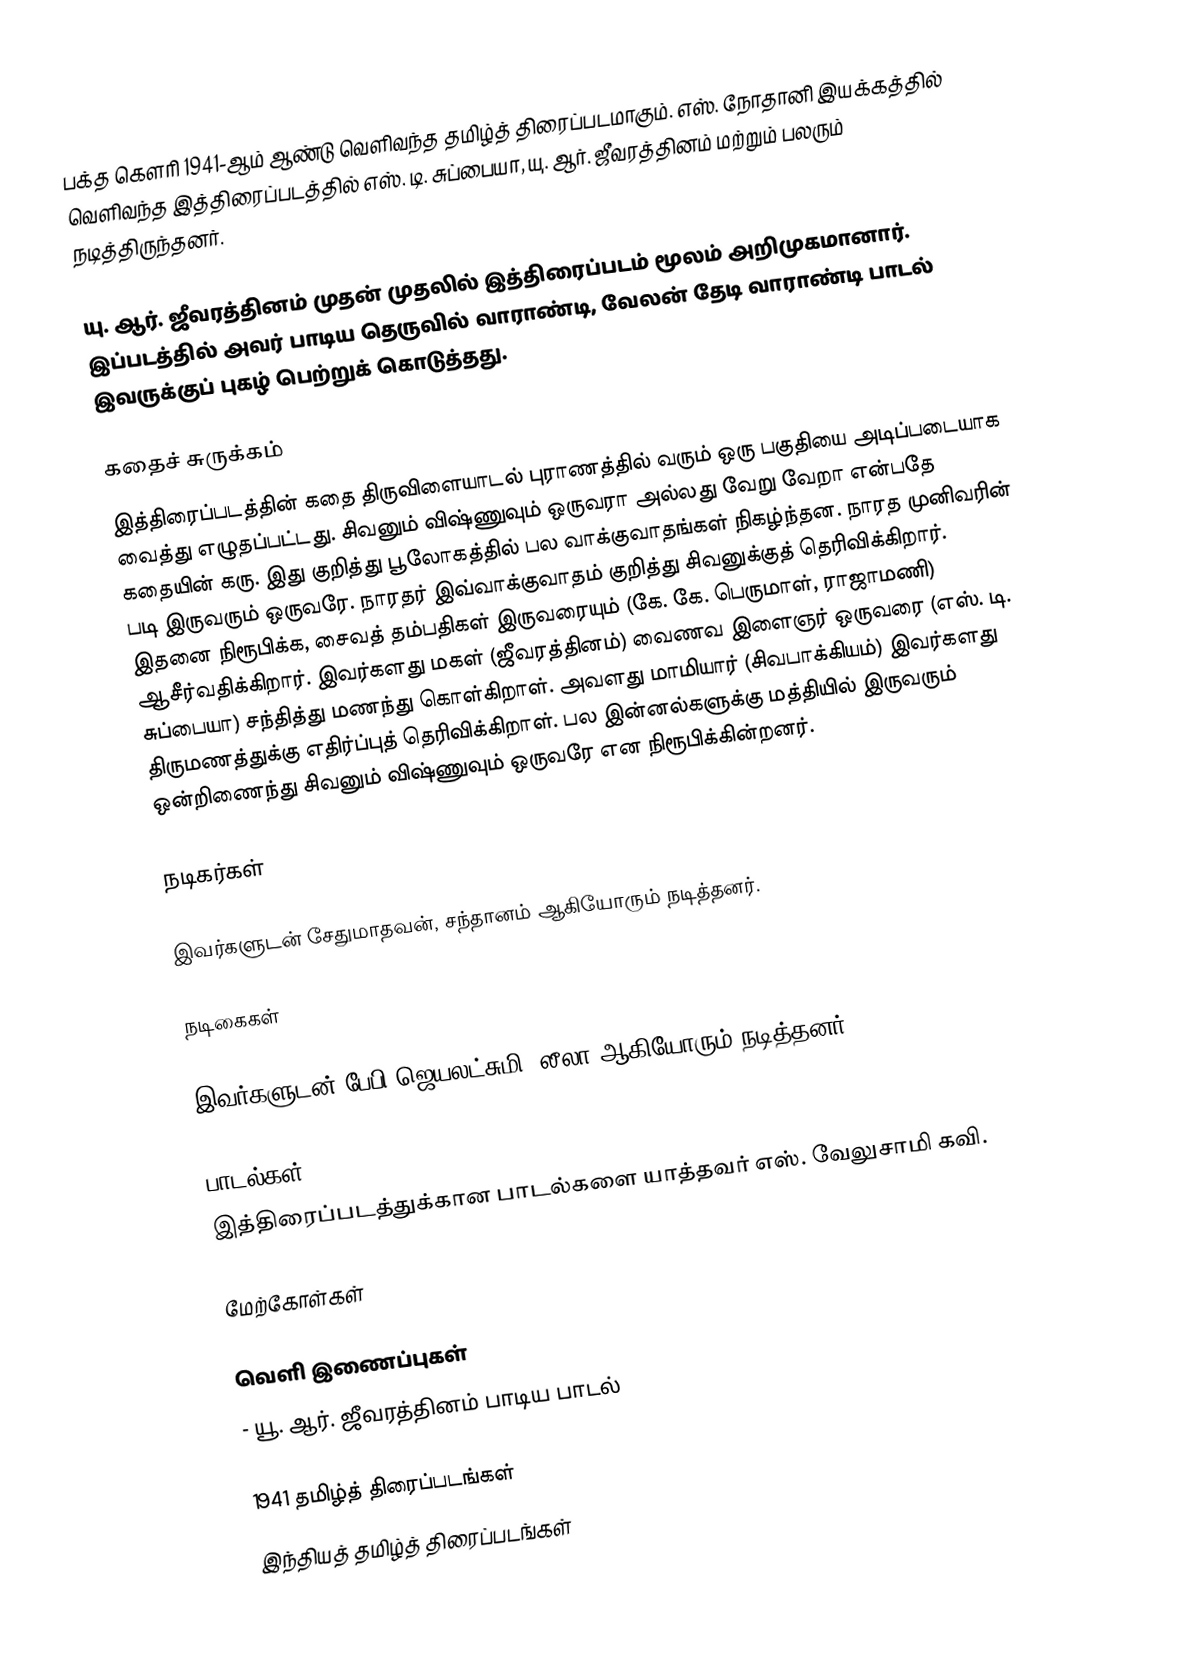
பக்த கௌரி 1941-ஆம் ஆண்டு வெளிவந்த தமிழ்த் திரைப்படமாகும். எஸ். நோதானி இயக்கத்தில் வெளிவந்த இத்திரைப்படத்தில் எஸ். டி. சுப்பையா, யு. ஆர். ஜீவரத்தினம் மற்றும் பலரும் நடித்திருந்தனர்.

யு. ஆர். ஜீவரத்தினம் முதன் முதலில் இத்திரைப்படம் மூலம் அறிமுகமானார். இப்படத்தில் அவர் பாடிய தெருவில் வாராண்டி, வேலன் தேடி வாராண்டி பாடல் இவருக்குப் புகழ் பெற்றுக் கொடுத்தது.

கதைச் சுருக்கம்
இத்திரைப்படத்தின் கதை திருவிளையாடல் புராணத்தில் வரும் ஒரு பகுதியை அடிப்படையாக வைத்து எழுதப்பட்டது. சிவனும் விஷ்ணுவும் ஒருவரா அல்லது வேறு வேறா என்பதே கதையின் கரு. இது குறித்து பூலோகத்தில் பல வாக்குவாதங்கள் நிகழ்ந்தன. நாரத முனிவரின் படி இருவரும் ஒருவரே. நாரதர் இவ்வாக்குவாதம் குறித்து சிவனுக்குத் தெரிவிக்கிறார். இதனை நிரூபிக்க, சைவத் தம்பதிகள் இருவரையும் (கே. கே. பெருமாள், ராஜாமணி) ஆசீர்வதிக்கிறார். இவர்களது மகள் (ஜீவரத்தினம்) வைணவ இளைஞர் ஒருவரை (எஸ். டி. சுப்பையா) சந்தித்து மணந்து கொள்கிறாள். அவளது மாமியார் (சிவபாக்கியம்) இவர்களது திருமணத்துக்கு எதிர்ப்புத் தெரிவிக்கிறாள். பல இன்னல்களுக்கு மத்தியில் இருவரும் ஒன்றிணைந்து சிவனும் விஷ்ணுவும் ஒருவரே என நிரூபிக்கின்றனர்.

நடிகர்கள்

இவர்களுடன் சேதுமாதவன், சந்தானம் ஆகியோரும் நடித்தனர்.

நடிகைகள்

இவர்களுடன் பேபி ஜெயலட்சுமி, லீலா ஆகியோரும் நடித்தனர்.

பாடல்கள்
இத்திரைப்படத்துக்கான பாடல்களை யாத்தவர் எஸ். வேலுசாமி கவி.

மேற்கோள்கள்

வெளி இணைப்புகள்
 - யூ. ஆர். ஜீவரத்தினம் பாடிய பாடல்

1941 தமிழ்த் திரைப்படங்கள்
இந்தியத் தமிழ்த் திரைப்படங்கள்